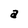
Character: a